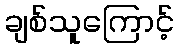
ချစ်သူကြောင့်